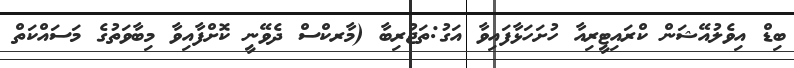
ބިޑް އިވެލުއޭޝަން ކްރައިޓީރިއާ ހުށަހަޅާފައިވާ އަގު:ތަޖުރިބާ (މާރކްސް ދެވޭނީ ކޮށްފާއިވާ މިބާވަތުގެ މަސައްކަތް